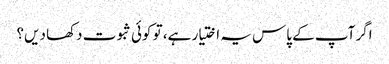
اگر آپ کے پاس یہ اختیار ہے، تو کوئی ثبوت دکھا دیں؟